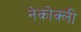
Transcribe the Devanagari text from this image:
नेकोक्ली